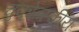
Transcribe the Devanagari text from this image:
चुकोत्स्कीय